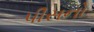
પીસનો